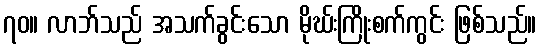
၇၀။ လာဘ်သည် အသက်ခွင်းသော မိုဃ်းကြိုးစက်ကွင်း ဖြစ်သည်။